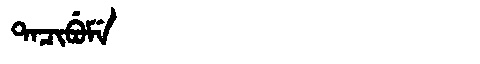
Manchu: ᡨᠠᠴᡳᠪᡠᠮᡝ
Romanization: TACIBUME